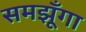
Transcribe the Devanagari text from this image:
समझूँगा